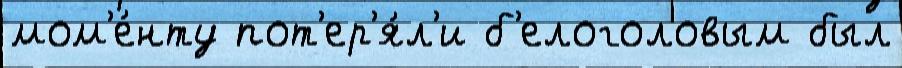
мом'е́нту пот'ер'я́л'и б'елоголовым был